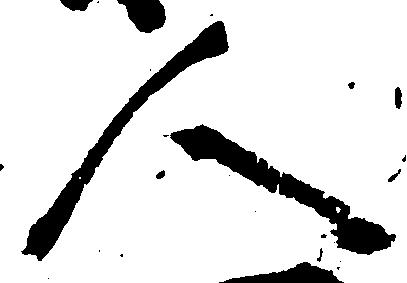
人